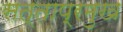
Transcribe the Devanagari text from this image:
सत्ताप्रमुख